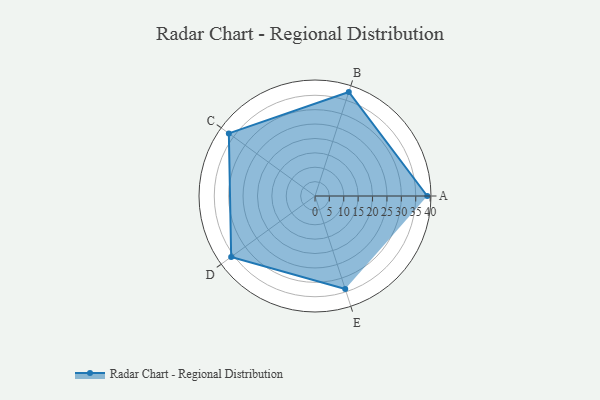
{"axis": {"x": "Skill", "y": "Score"}, "legend": ["Profile"], "data": [{"x": "A", "y": 39.0, "type": "Profile"}, {"x": "B", "y": 38.0, "type": "Profile"}, {"x": "C", "y": 37.0, "type": "Profile"}, {"x": "D", "y": 36.0, "type": "Profile"}, {"x": "E", "y": 34.0, "type": "Profile"}]}